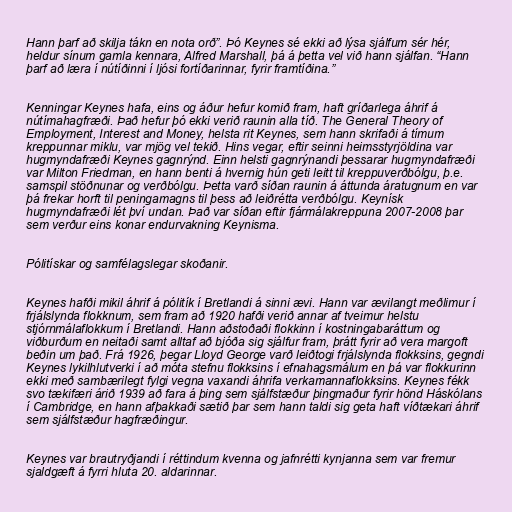
Hann þarf að skilja tákn en nota orð”. Þó Keynes sé ekki að lýsa sjálfum sér hér,
heldur sínum gamla kennara, Alfred Marshall, þá á þetta vel við hann sjálfan. “Hann
þarf að læra í nútíðinni í ljósi fortíðarinnar, fyrir framtíðina.”

Kenningar Keynes hafa, eins og áður hefur komið fram, haft gríðarlega áhrif á
nútímahagfræði. Það hefur þó ekki verið raunin alla tíð. The General Theory of
Employment, Interest and Money, helsta rit Keynes, sem hann skrifaði á tímum
kreppunnar miklu, var mjög vel tekið. Hins vegar, eftir seinni heimsstyrjöldina var
hugmyndafræði Keynes gagnrýnd. Einn helsti gagnrýnandi þessarar hugmyndafræði
var Milton Friedman, en hann benti á hvernig hún geti leitt til kreppuverðbólgu, þ.e.
samspil stöðnunar og verðbólgu. Þetta varð síðan raunin á áttunda áratugnum en var
þá frekar horft til peningamagns til þess að leiðrétta verðbólgu. Keynísk
hugmyndafræði lét því undan. Það var síðan eftir fjármálakreppuna 2007-2008 þar
sem verður eins konar endurvakning Keynisma.

Pólitískar og samfélagslegar skoðanir.

Keynes hafði mikil áhrif á pólitík í Bretlandi á sinni ævi. Hann var ævilangt meðlimur í
frjálslynda flokknum, sem fram að 1920 hafði verið annar af tveimur helstu
stjórnmálaflokkum í Bretlandi. Hann aðstoðaði flokkinn í kostningabaráttum og
viðburðum en neitaði samt alltaf að bjóða sig sjálfur fram, þrátt fyrir að vera margoft
beðin um það. Frá 1926, þegar Lloyd George varð leiðtogi frjálslynda flokksins, gegndi
Keynes lykilhlutverki í að móta stefnu flokksins í efnahagsmálum en þá var flokkurinn
ekki með sambærilegt fylgi vegna vaxandi áhrifa verkamannaflokksins. Keynes fékk
svo tækifæri árið 1939 að fara á þing sem sjálfstæður þingmaður fyrir hönd Háskólans
í Cambridge, en hann afþakkaði sætið þar sem hann taldi sig geta haft víðtækari áhrif
sem sjálfstæður hagfræðingur.

Keynes var brautryðjandi í réttindum kvenna og jafnrétti kynjanna sem var fremur
sjaldgæft á fyrri hluta 20. aldarinnar.